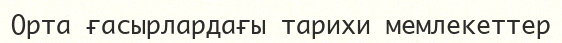
Орта ғасырлардағы тарихи мемлекеттер